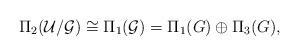
LaTeX: \begin{align*}\Pi_2({\cal U}/{\cal G})\cong\Pi_1({\cal G}) =\Pi_1(G)\oplus\Pi_3(G),\end{align*}